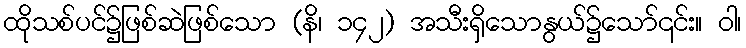
ထိုသစ်ပင်၌ဖြစ်ဆဲဖြစ်သော (နိ၊ ၁၄၂) အသီးရှိသောနွယ်၌သော်၎င်း။ ဝါ၊